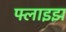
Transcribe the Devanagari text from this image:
फ्लाइझ